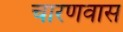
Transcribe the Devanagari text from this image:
चारणवास